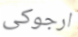
ارجوكى